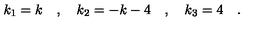
k _ { 1 } = k \quad , \quad k _ { 2 } = - k - 4 \quad , \quad k _ { 3 } = 4 \quad .